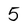
Character: 5